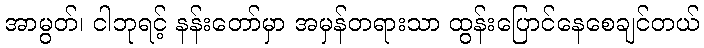
အာမွတ်၊ ငါဘုရင့် နန်းတော်မှာ အမှန်တရားသာ ထွန်းပြောင်နေစေချင်တယ်